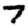
Digit: 7